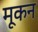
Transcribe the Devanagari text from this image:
मूकन